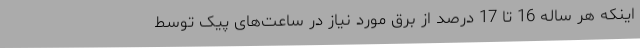
اینکه هر ساله 16 تا 17 درصد از برق مورد نیاز در ساعت‌های پیک توسط